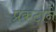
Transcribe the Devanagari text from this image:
प्रकटाने